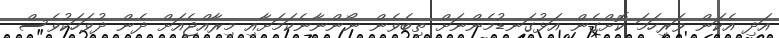
އަދި އެކަން ވަރިހަމަ ކޮށްގެން އަޅުގަނޑުމެންނަށް ތިބެވެން ނޯންނާނެކަމަށާއި މިރާއްޖެއަށް ދެން ދުވަހަކުވެސް